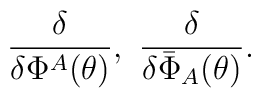
\frac{\delta}{\delta\Phi^A(\theta)},\,\, \frac{\delta}{\delta\bar{\Phi}_A(\theta)}.